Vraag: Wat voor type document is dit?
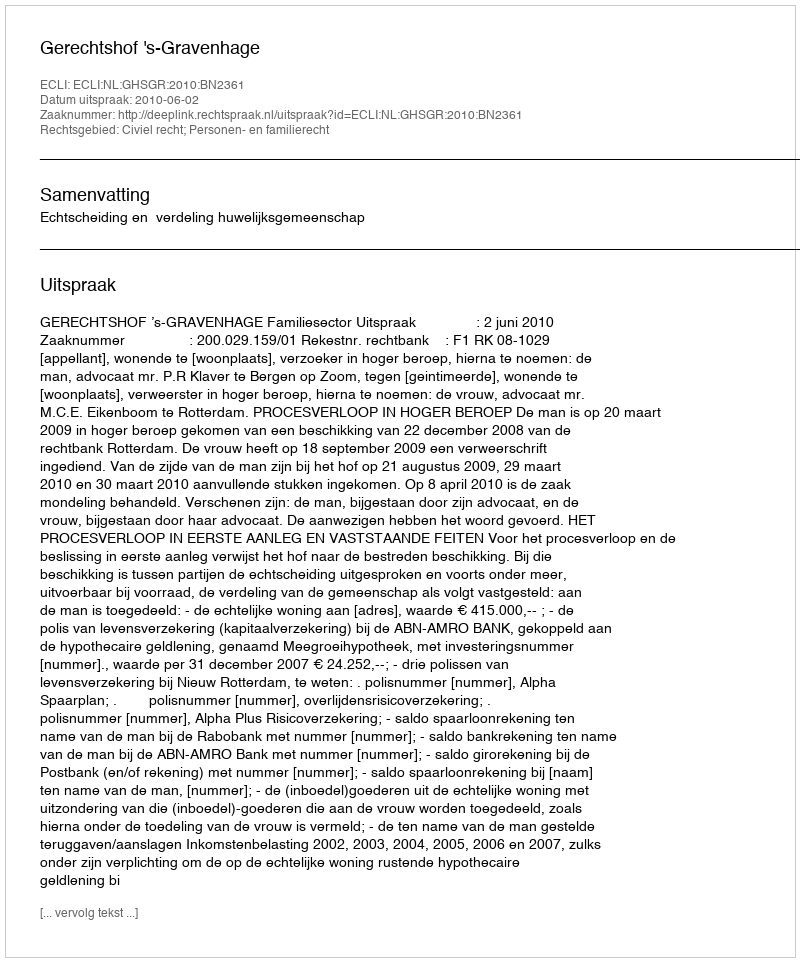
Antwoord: Uitspraak